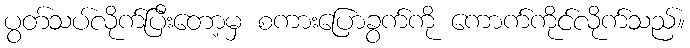
ပွတ်သပ်လိုက်ပြီးတော့မှ စကားပြောခွက်ကို ကောက်ကိုင်လိုက်သည်။